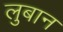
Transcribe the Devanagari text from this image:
लुबान